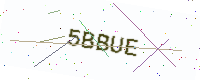
Text: 5BBUE